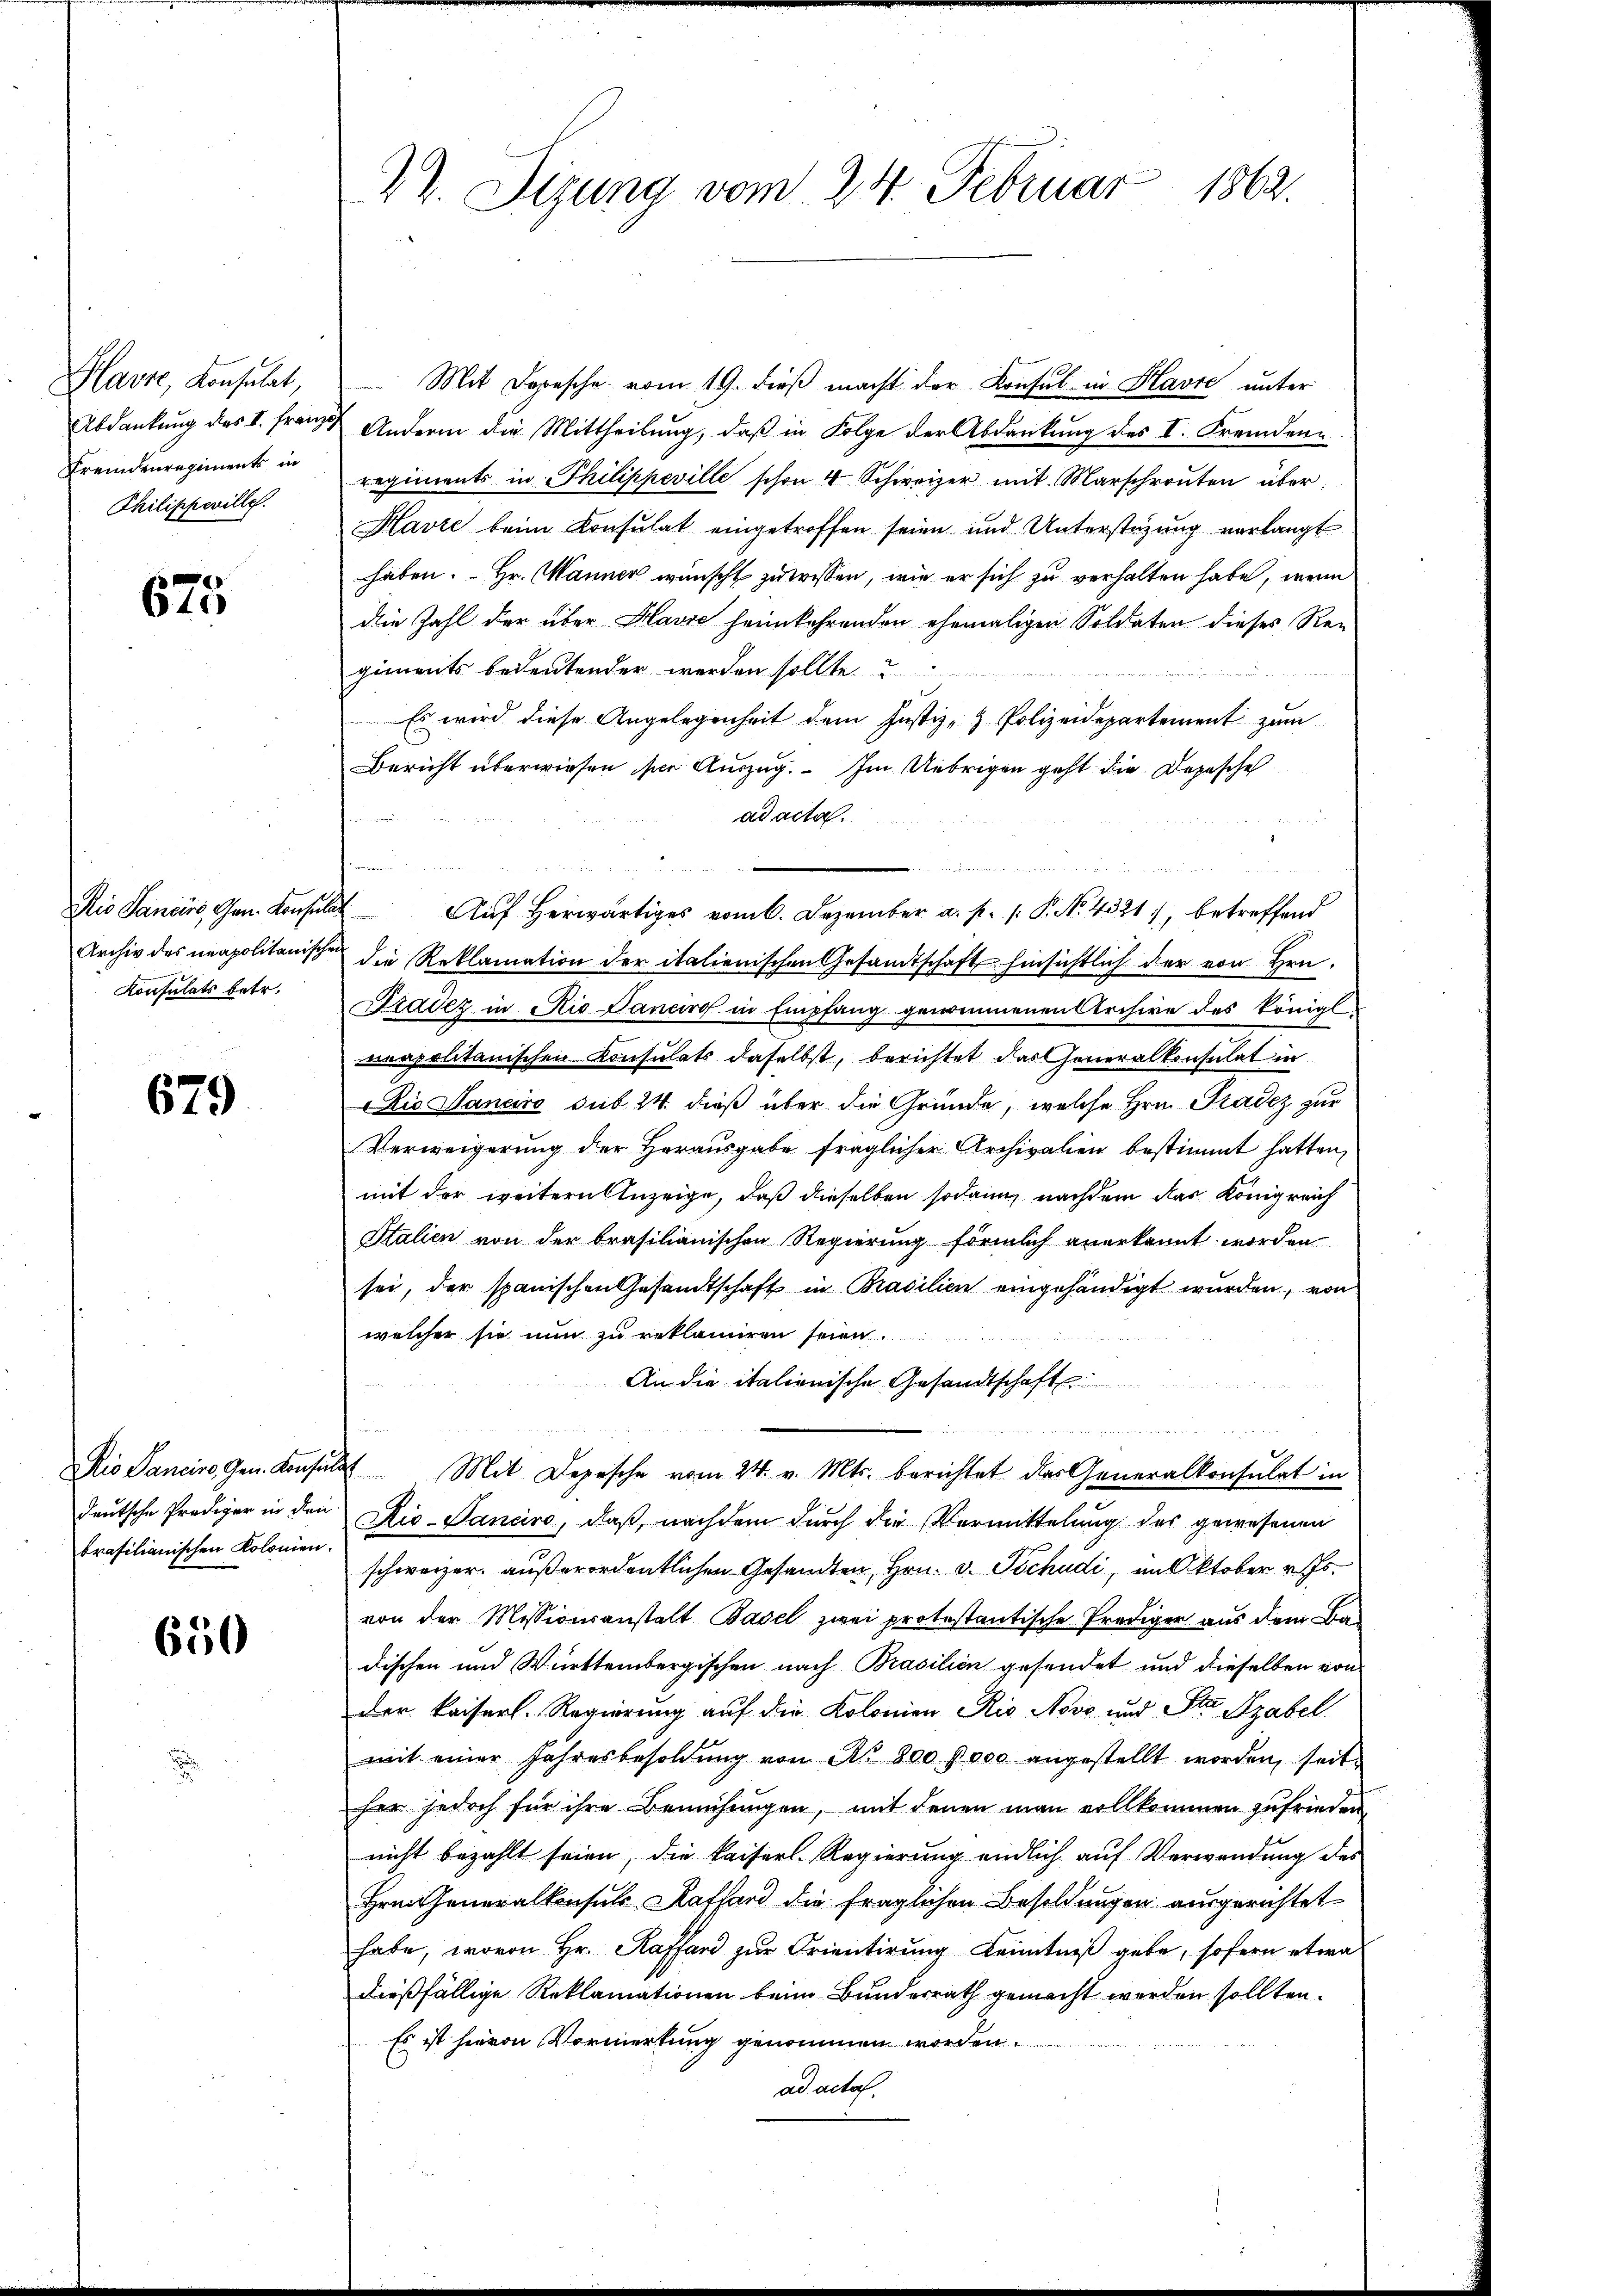
Havre, Konsulat,
Fremdenregiments in
Philippeville.

675

Konsulats betr.

679

deutsche Prediger in den
brasilianischen Kolonien.

650

22. Sizung vom 24. Februar 1862.

Mit Depesche vom 19. dieß macht der Konsul in Havre unter
Abdankung des I. Franz Andern die Mittheilung, daß in Folge der Abdankung des I. Fremdenregiments in Philippeville schon 4 Schweizer mit Marschrouten über
Havre beim Konsulat eingetroffen seien und Unterstüzung verlangt
haben. Hr. Manner wünscht zu wissen, wie er sich zu verhalten habe, wenn
die Zahl der über Havre heimkehrenden ehemaligen Soldaten dieses Rei
giments bedeutender werden sollte.
Es wird diese Angelegenheit dem Justiz- & Polizeidepartement zum
Bericht überwiesen sie Auszug. Im Uebrigen geht die Depesche
ad acta.
hin ei

Rio Sancis, Gen. Konsulat Aŭf herwärtiges vom 6. Dezember a. p. 1. P. No. 4321), betreffend
Archiv des neapolitanischen die Reklamation der italienischen Gesandtschaft hinsichtlich der von Hrn.
Dradez in Rio Canciro in Empfang genommenen Archive des königl
neapolitanischen Consulats daselbst, berichtet das Generalkonsulat in
Aio Sanciro sub. 24. dieß über die Gründe, welche Hrn. Tradez zur
Verweigerung der Herausgabe fraglicher Archivalien bestimmt hatten,
mit der weitern Anzeige, daß dieselben sodann nachdem das Königreich
Stalien von der brasilianischen Regierung förmlich anerkannt worden
sei, der spanischen Gesandtschaft in Brasilien eingehändigt wurden, von
welcher sie nun zu reklamiren seien.
An die italienische Gesandtschaf
Rio Sancire Gen. Konsulat Mit Depesche vom 24. v. Mts. berichtet das Generalkonsulat in
Rio-Panciro, daß, nachdem durch die Vermittelung des gewesenen
schweizer außerordentlichen Gesandten, Hrn. v. Tschudi, im Oktober v. Js.
von der Missionsanstalt Basel zwei protestantische Prediger aus dem Ba
dischen und Württembergischen nach Prasilien gesendet und dieselben von
der Kaiserl. Regierung auf die Kolonien Rio Novo und Sta Szabel
mit einer Jahresbesoldŭng von Nr. 800 000 angestellt worden, seit
her jedoch für ihre Bemühungen, mit denen man vollkommen zufrieden
nicht bezahlt seien, die kaiserl. Regierung endlich auf Verwendung des
Hrn. Generalkonsuls Kaffend die fraglichen Besoldungen ausgerichtet
habe, wovon Hr. Kaffend zur Orientirung Kenntniß gebe, sofern etwa
dießfällige Reklamationen beim Bundesrath gemacht werden sollten.
Es ist hievon Vormerkung genommen worden.
ad acta.